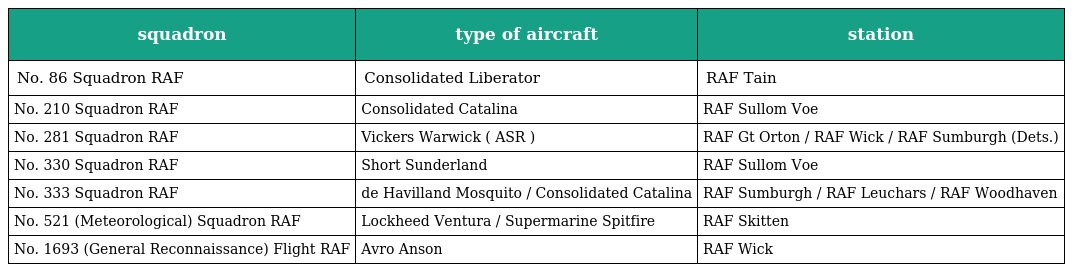
| squadron | type of aircraft | station |
 | --- | --- | --- |
 | No. 86 Squadron RAF | Consolidated Liberator | RAF Tain |
 | No. 210 Squadron RAF | Consolidated Catalina | RAF Sullom Voe |
 | No. 281 Squadron RAF | Vickers Warwick ( ASR ) | RAF Gt Orton / RAF Wick / RAF Sumburgh (Dets.) |
 | No. 330 Squadron RAF | Short Sunderland | RAF Sullom Voe |
 | No. 333 Squadron RAF | de Havilland Mosquito / Consolidated Catalina | RAF Sumburgh / RAF Leuchars / RAF Woodhaven |
 | No. 521 (Meteorological) Squadron RAF | Lockheed Ventura / Supermarine Spitfire | RAF Skitten |
 | No. 1693 (General Reconnaissance) Flight RAF | Avro Anson | RAF Wick |